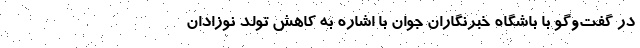
در گفت‌وگو با باشگاه خبرنگاران جوان با اشاره به کاهش تولد نوزادان